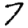
Digit: 7